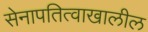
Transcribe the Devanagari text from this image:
सेनापतित्वाखालील